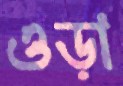
ওড়া